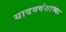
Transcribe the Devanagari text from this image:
यादववंशाच्या